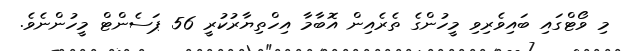
މި ވޯޓްގައި ބައިވެރިވި މީހުންގެ ތެރެއިން އޮބާމާ އިހްތިޔާރުކުރީ 56 ޕަސެންޓް މީހުންނެވެ.